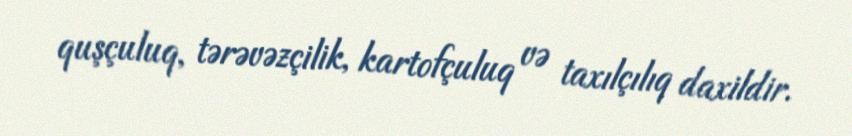
quşçuluq, tərəvəzçilik, kartofçuluq və taxılçılıq daxildir.